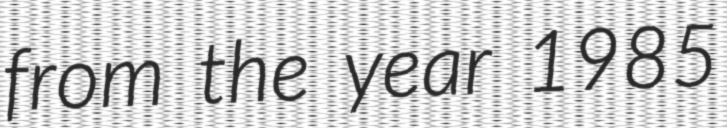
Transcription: from the year 1985